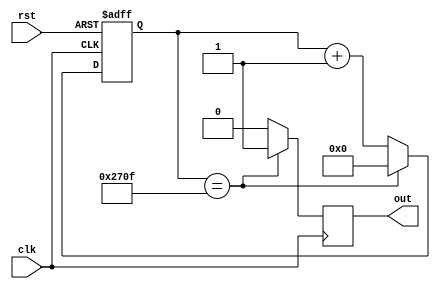
module periodic_timer (
    input wire clk,  // Input clock signal
    input wire rst,  // Reset signal
    output reg out   // Output signal
);

parameter PERIOD = 10000;  // Number of clock cycles in one period
reg [15:0] count = 0;  // 16-bit counter

// Counter logic
always @(posedge clk or posedge rst)
begin
    if (rst)
        count <= 0;
    else if (count == PERIOD - 1)
        count <= 0;
    else
        count <= count + 1;
end

// Output logic
always @(posedge clk)
begin
    if (count == PERIOD - 1)
        out <= 1;
    else
        out <= 0;
end

endmodule